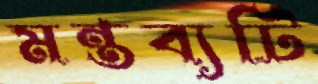
মন্তব্যটি